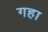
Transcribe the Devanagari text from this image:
गहा